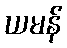
ယမန်